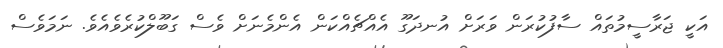
އަކީ ޖަރާސީމުތައް ސާފުކުރަން ވަރަށް އުނދަގޫ އެއްޗެއްކަން އެންމެނަށް ވެސް ގަބޫލްކުރެވެއެެވެ. ނަމަވެސް